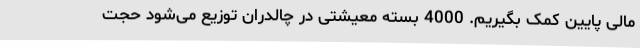
مالی پایین کمک بگیریم. 4000 بسته معیشتی در چالدران توزیع می‌شود حجت